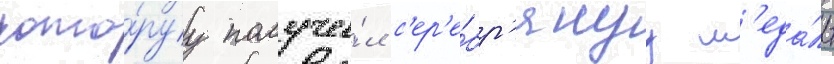
кото́руу получи́л с'ер'е́бр'януу м'еда́ль